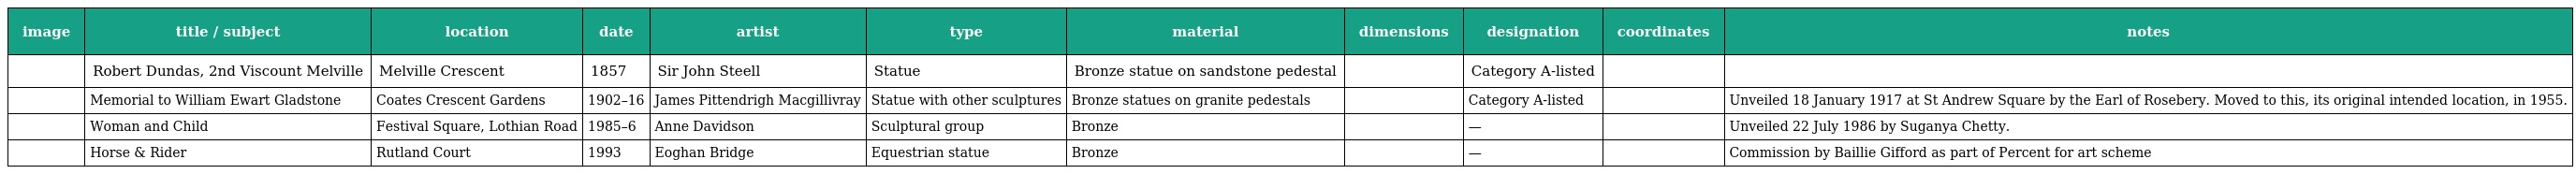
| image | title / subject | location | date | artist | type | material | dimensions | designation | coordinates | notes |
 | --- | --- | --- | --- | --- | --- | --- | --- | --- | --- | --- |
 |  | Robert Dundas, 2nd Viscount Melville | Melville Crescent | 1857 | Sir John Steell | Statue | Bronze statue on sandstone pedestal |  | Category A-listed |  |  |
 |  | Memorial to William Ewart Gladstone | Coates Crescent Gardens | 1902–16 | James Pittendrigh Macgillivray | Statue with other sculptures | Bronze statues on granite pedestals |  | Category A-listed |  | Unveiled 18 January 1917 at St Andrew Square by the Earl of Rosebery. Moved to this, its original intended location, in 1955. |
 |  | Woman and Child | Festival Square, Lothian Road | 1985–6 | Anne Davidson | Sculptural group | Bronze |  | — |  | Unveiled 22 July 1986 by Suganya Chetty. |
 |  | Horse & Rider | Rutland Court | 1993 | Eoghan Bridge | Equestrian statue | Bronze |  | — |  | Commission by Baillie Gifford as part of Percent for art scheme |